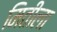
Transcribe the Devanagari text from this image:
मितीला